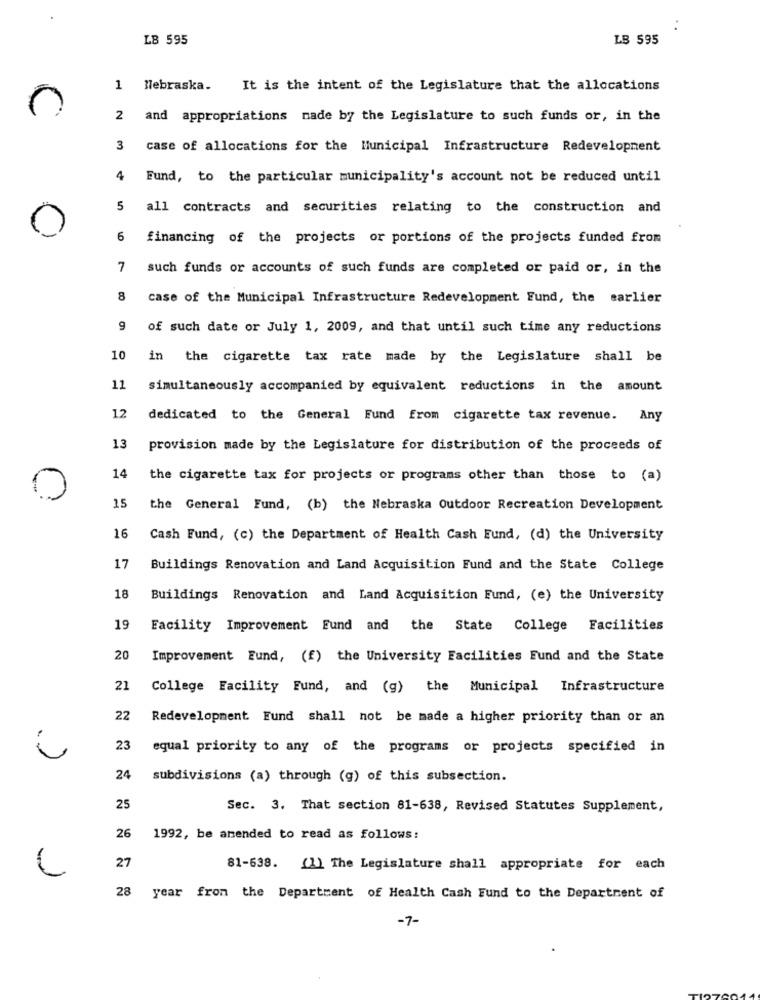
LB 595
LB 595
1 Nebraska.
It is the intent of the Legislature that the allocations
2 and appropriations made by the Legislature to such funds or, in the
3 case of allocations for the Municipal Infrastructure Redevelopment
4
Fund, to the particular municipality's account not be reduced until
5
all contracts and securities relating to the construction and
6
financing of the projects or portions of the projects funded from
7
such funds or accounts of such funds are completed or paid or, in the
8
case of the Municipal Infrastructure Redevelopment Fund, the earlier
of such date or July 1, 2009, and that until such time any reductions
10
in the cigarette tax rate made by the Legislature shall be
11
simultaneously accompanied by equivalent reductions in the amount
12
dedicated to the General Fund from cigarette tax revenue. Any
13
provision made by the Legislature for distribution of the proceeds of
14
the cigarette tax for projects or programs other than those to (a)
0
15
the General Fund, (b) the Nebraska Outdoor Recreation Development
16
Cash Fund, (c) the Department of Health Cash Fund, (d) the University
17
Buildings Renovation and Land Acquisition Fund and the State College
18
Buildings Renovation and Land Acquisition Fund, (e) the University
19
Facility Improvement Fund and the State College Facilities
20
Improvement Eund, (f) the University Facilities Fund and the State
21
College Facility Fund, and (g) the Municipal Infrastructure
22
Redevelopment Fund shall not be made a higher priority than or an
23
equal priority to any of the programs or projects specified in
i
24
subdivisions (a) through (g) of this subsection.
25
Sec. 3. That section 81-638, Revised Statutes Supplement,
26
1992, be amended to read as follows:
27
81-638. (1) The Legislature shall appropriate for each
28
year from the Department of Health Cash Fund to the Department of
-7-